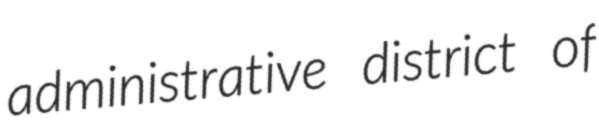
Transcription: administrative district of